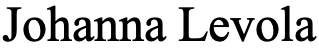
Johanna Levola